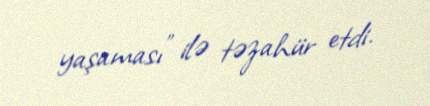
yaşaması” ilə təzahür etdi.